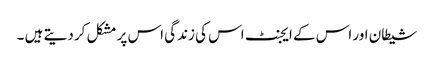
شیطان اور اس کے ایجنٹ اس کی زندگی اس پر مشکل کر دیتے ہیں ۔